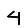
Digit: 4